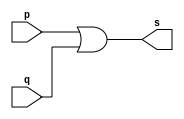
// -------------------------
// Exemplo0032
// Nome: Wender Zacarias Xavier 
// ------------------------- 

//----------------------
//--or gate
//----------------------

module orgate (output [3:0]s, input [3:0]p, input [3:0]q);
 assign s = ( p|q );	//criar vinculo permanente
        		   	//(dependencia)
endmodule // orgate

//----------------------
//--and gate
//----------------------

module andgate (output [3:0]s, input [3:0]p, input [3:0]q);
 assign s = (p & q);	//criar vinculo permanente
        		   	         //(dependencia)
endmodule // andgate


//----------------------
//--not gate
//----------------------

module notgate (output [3:0]s, input [3:0]p);
 assign s = ~p;//criar vinculo permanente
        		   //(dependencia)
endmodule // notgate

//----------------------
//--Circuito
//----------------------
module circ;
//----------------------dados locais
  reg[3:0] x,y,sel;    								//definir registrador
  					   								   //(variavel independente)
  wire[3:0]s,sand1,sand2,sand3,sor1,notsel;		   // definir conexao(fio)
   				  									   //(variavel dependente)

//---------------------- instancia
    
	 andgate AND1(sand1,x,y);
	 orgate OR1(sor1,x,y);
	 notgate NOR1(notsel,sel);
	 andgate AND2(sand2,sand1,sel);
	 andgate AND3(sand3,sor1,notsel);
	 orgate OR2(s,sand2,sand3);

//---------------------- preparacao
 initial begin:start
  x = 4'b0101;    y = 4'b0011;  sel = 4'b0000;
 end
//---------------------- parte principal
 initial begin
   $display("Exemplo0032 - Wender Zacarias Xavier - 427472");
	$display("Test Circuito");
	$display("\n *** Resultado ***  ");
	$display("\n Chave 0 = OR \n Chave 1 = AND");
	$monitor("Chave = %b \n x= %4b  y= %4b  Resultado= %4b",sel,x,y,s);
#1 sel=4'b1111;
#1 x=4'b1001; y=4'b1111;
#1 sel=4'b0000;
		
		end

endmodule //circ